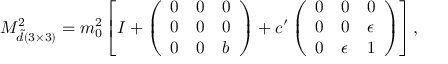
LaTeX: M _ { \tilde { d } ( 3 \times 3 ) } ^ { 2 } = m _ { 0 } ^ { 2 } \left[ I + \left( \begin{array} { l l l } { { 0 } } & { { 0 } } & { { 0 } } \\ { { 0 } } & { { 0 } } & { { 0 } } \\ { { 0 } } & { { 0 } } & { { b } } \end{array} \right) + c ^ { \prime } \left( \begin{array} { l l l } { { 0 } } & { { 0 } } & { { 0 } } \\ { { 0 } } & { { 0 } } & { { \epsilon } } \\ { { 0 } } & { { \epsilon } } & { { 1 } } \end{array} \right) \right] ,